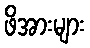
ဖိအားများ